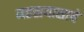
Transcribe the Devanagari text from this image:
महत्प्रयासाचे